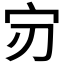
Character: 𫲶